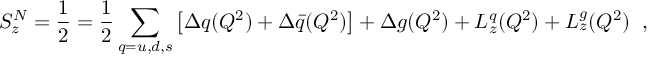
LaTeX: S _ { z } ^ { N } = \frac { 1 } { 2 } = \frac { 1 } { 2 } \sum _ { q = u , d , s } \left[ \Delta q ( Q ^ { 2 } ) + \Delta \bar { q } ( Q ^ { 2 } ) \right] + \Delta g ( Q ^ { 2 } ) + L _ { z } ^ { q } ( Q ^ { 2 } ) + L _ { z } ^ { g } ( Q ^ { 2 } ) \; \; ,